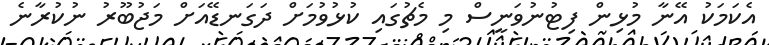
އެކަމަކު އޭނާ މުޅިން ފިޓުނުވަނީސް މި މެޗުގައި ކުޅުވުމަށް ދަގަނޑޭއަށް މަޖުބޫރު ނުކުރާނެ